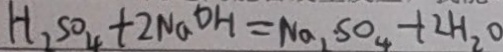
H _ { 2 } S O _ { 4 } + 2 N a D H = N a _ { 1 } \cdot S O _ { 4 } + 2 H _ { 2 } O